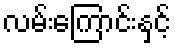
လမ်းကြောင်းနှင့်